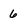
Character: 6